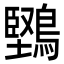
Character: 𪅤